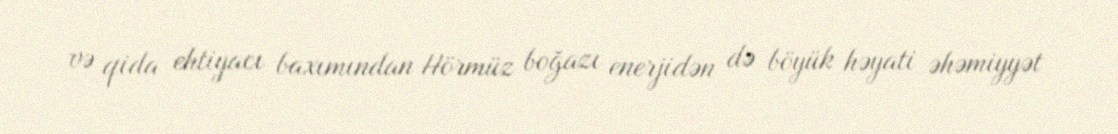
və qida ehtiyacı baxımından Hörmüz boğazı enerjidən də böyük həyati əhəmiyyət